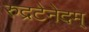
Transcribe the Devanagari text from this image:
रुद्रटेनेदम्